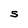
Character: S